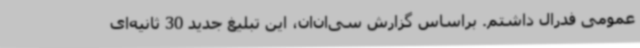
عمومی فدرال داشتم. براساس گزارش سی‌ان‌ان، این تبلیغ جدید 30 ثانیه‌ای